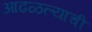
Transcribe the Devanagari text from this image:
आढळल्याची